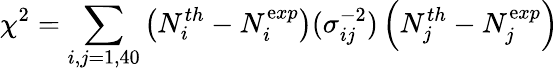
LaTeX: \chi^{2}=\sum_{i,j=1,40}\left(N_{i}^{th}-N_{i}^{\mathrm{e}xp}\right)(\sigma_{ij}^{-2})\left(N_{j}^{th}-N_{j}^{\mathrm{e}xp}\right)